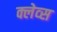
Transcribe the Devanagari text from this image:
क्लेव्स